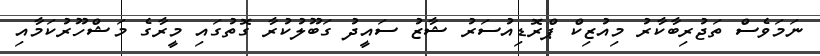
ނަމަވެސް ތަޖުރިބާކާރު މިއުޒިކް ޕްރޮޑިއުސަރު ޝާޒު ސައީދު ގަބޫލުކުރާ ގޮތުގައި މީރާގެ މަޝްހޫރުކަމާއި